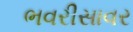
ભવરીસાવર